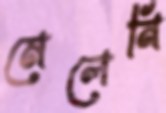
মেলেনি